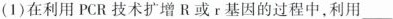
(1)在利用PCR技术扩增R或r基因的过程中，利用___